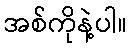
အစ်ကိုနဲ့ပါ။